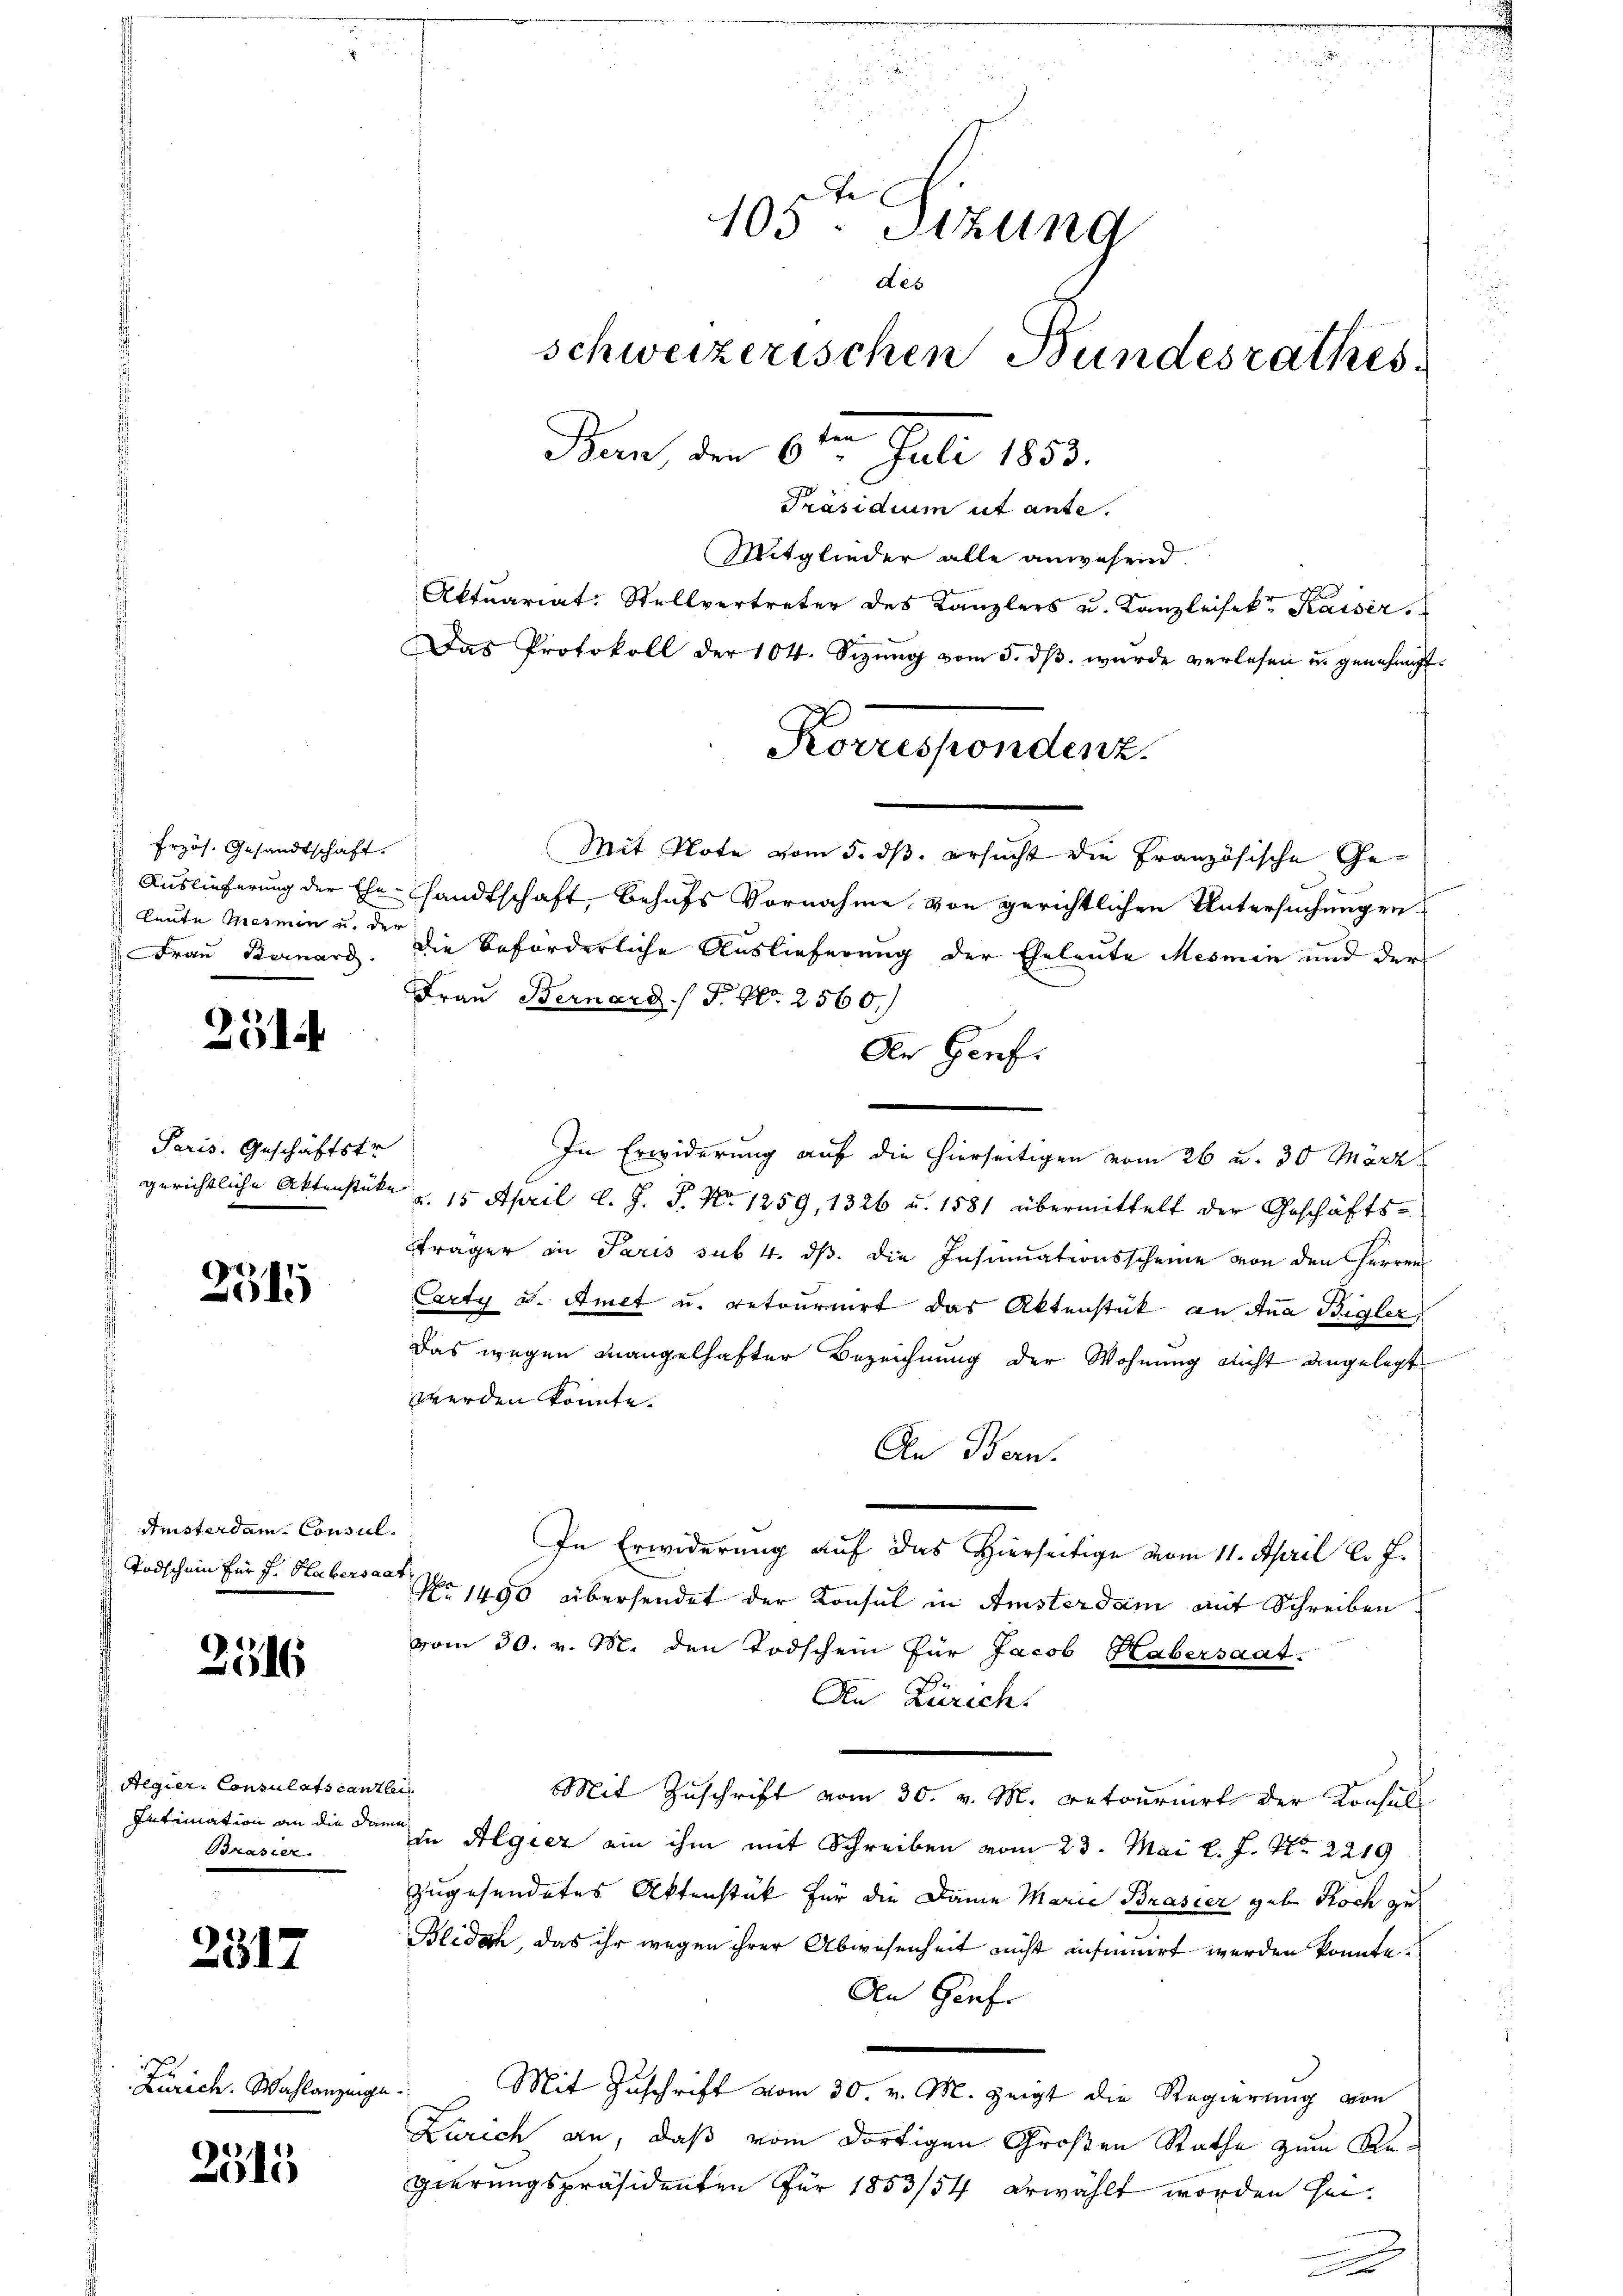
231.

Paris. Geschäftstr
d

3545

Imsterdam- Consil.
Todschein für J. Habersaat

2316

Aegier-Consulatscanzlei
Intimation an die Dame¬
Brasier

2317

Zürich. Wahlanzeige

2515

Frzös. Gesandtschaft.
Frau Bernard

Mitglieder alle anwesend.
Aktuariat-Stellvertreter des Kanzlers u. Kanzleisek. Kaiser
Das Protokoll der 104. Sizung vom 5. dβ. wurde verlesen u. genehmigt.
Mit Note vom 5. ds. ersucht die Französische Ge-
Auslieferung der Ehe-Landtschaft, behufs Vornahme von gerichtlichen Untersuchungen
leute Mermin u. der die beförderliche Auslieferung der Eheleute Mesmen und der
Frau Bernard / P. Nr. 2560.
Der Genf.
In Erwiderung auf die hierseitigen vom 26 u. 30 März
 gerichtliche Aktenstüke u. 15 April l. J. J. No. 1259, 1326 u. 1581 übermittelt der Geschäfts-
Träger in Paris sub. 4. ds. die Insinuationsscheine von den Herren
Carty u. Amet u. retournirt das Aktenstück an dua Bigler,
Das wegen mangelhafter Bezeichnung der Wohnung nicht angelegt
werden könnte.
An Bern.
In Erwiderung auf das Hierseitige vom 11. April l. J.
No 1490 übersendet der Konsul in Amsterdam mit Schreiben
vom 30. v. M. den Todschein für Jacob Habersaat
Den Zürich.
Mit Zuschrift vom 30. v. M. retournirt der Konsul
 Algier ein ihm mit Schreiben vom 23. Mai l. J. Nr. 2219
zugesendetes Aktenstück für die Dame Marie Brasier geb. Koch zu
Blidoch, das ihr wegen ihrer Abwesenheit nicht insinuirt werden könnte.
Den Genfe
c
Mit Zuschrift vom 30. v. M. zeigt die Regierung von
Zürich an, daß vom dortigen Großen Rathe zum Regierungspräsidenten für 1853/84 erwählt worden sei.

105ten Sizung
des
schweizerischen Bundesrathes
Ban, den 6ten Juli 1853.
Präsidium ut ante.

Korrespondenz.

.